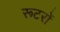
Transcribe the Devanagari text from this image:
रूटरों